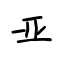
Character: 亚